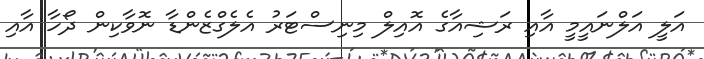
އަލީ އަލްނައީމީ އާއި ރަޝިއާގެ އޮއިލް މިނިސްޓަރު އެލެގްޒެންޑާ ނޮވާކިން ދޯހާ އާއި